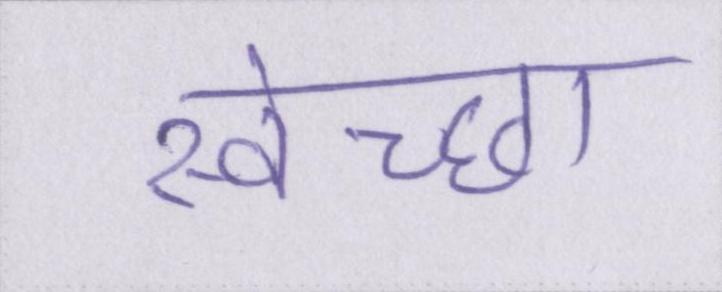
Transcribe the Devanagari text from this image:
स्वेच्छा